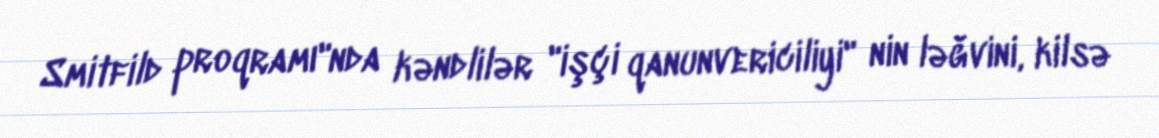
Smitfild proqramı"nda kəndlilər "işçi qanunvericiliyi" nin ləğvini, kilsə